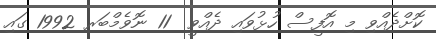
ކޮށްދެއްވި މި އޮފީސް ހުޅުވައި ދެއްވީ  11 ނޮވެމްބަރ 1992 ގައި